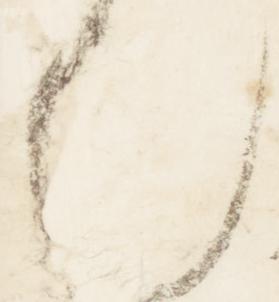
也